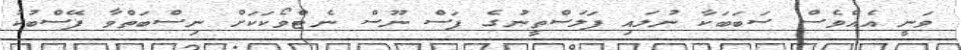
ވަނީ އެއްވެސް ސަބަބަކާ ނުލައި ފަލަސްތީނުގެ ފަސް ނޫސް ނެޓްވޯކަކަށް ނިސްބަތްވާ ފޭސްބުކު